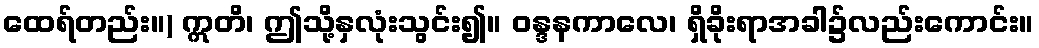
ထေရ်တည်း။) ဣတိ၊ ဤသို့နှလုံးသွင်း၍။ ဝန္ဒနကာလေ၊ ရှိခိုးရာအခါ၌လည်းကောင်း။